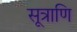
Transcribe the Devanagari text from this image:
सूत्राणि